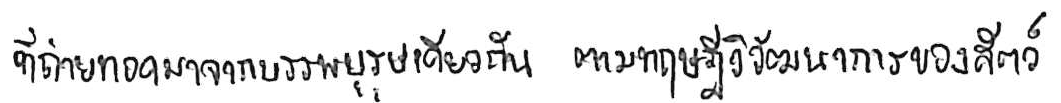
ที่ถ่ายทอดมาจากบรรพบุรุษเดียวกัน ตามทฤษฎีวิวัฒนาการของสัตว์